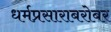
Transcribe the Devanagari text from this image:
धर्मप्रसाराबरोबर